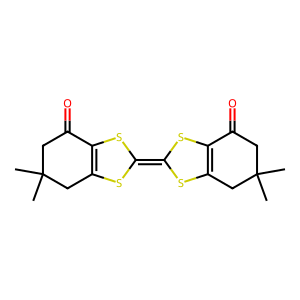
SMILES: CC1(C)CC(=O)C2=C(C1)SC(=C1SC3=C(S1)C(=O)CC(C)(C)C3)S2
Inhibits HIV replication: No